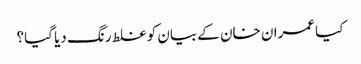
کیا عمران خان کے بیان کو غلط رنگ دیا گیا؟